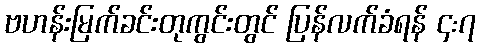
ဗဟန်းမြက်ခင်းတုကွင်းတွင် ပြန်လက်ခံရန် ၄:၇